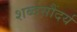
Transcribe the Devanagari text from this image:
शब्दसौंदर्य